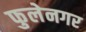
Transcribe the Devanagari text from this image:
फुलेनगर